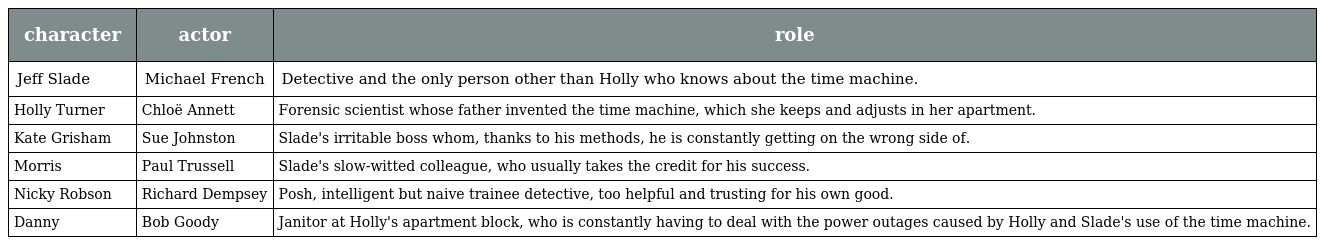
| character | actor | role |
 | --- | --- | --- |
 | Jeff Slade | Michael French | Detective and the only person other than Holly who knows about the time machine. |
 | Holly Turner | Chloë Annett | Forensic scientist whose father invented the time machine, which she keeps and adjusts in her apartment. |
 | Kate Grisham | Sue Johnston | Slade's irritable boss whom, thanks to his methods, he is constantly getting on the wrong side of. |
 | Morris | Paul Trussell | Slade's slow-witted colleague, who usually takes the credit for his success. |
 | Nicky Robson | Richard Dempsey | Posh, intelligent but naive trainee detective, too helpful and trusting for his own good. |
 | Danny | Bob Goody | Janitor at Holly's apartment block, who is constantly having to deal with the power outages caused by Holly and Slade's use of the time machine. |